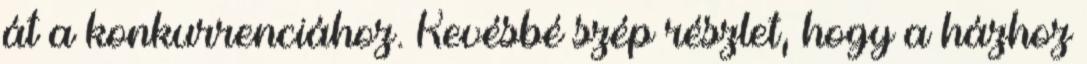
át a konkurrenciához. Kevésbé szép részlet, hogy a házhoz